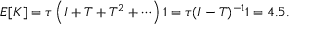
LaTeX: E [ K ] = { \boldsymbol { \tau } } \left( I + T + T ^ { 2 } + \cdots \right) { \boldsymbol { 1 } } = { \boldsymbol { \tau } } ( I - T ) ^ { - 1 } { \boldsymbol { 1 } } = 4 . 5 .